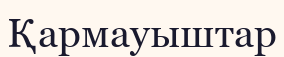
Қармауыштар